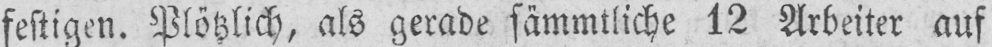
festigen. Plötzlich, als gerade sämmtliche 12 Arbeiter auf